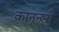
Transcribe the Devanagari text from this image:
कानूननी